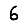
Digit: 6